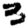
Digit: 3